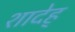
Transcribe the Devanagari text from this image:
शादेह्